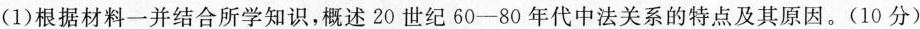
(1)根据材料一并结合所学知识，概述20世纪60-80年代中法关系的特点及其原因。(10分)